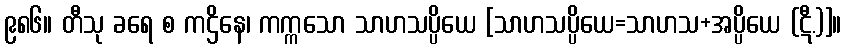
၉၈၆။ တီသု ခရေ စ ကဌိနေ၊ ကက္ကသော သာဟသပ္ပိယေ [သာဟသပ္ပိယေ=သာဟသ+အပ္ပိယေ (ဋီ.)]။